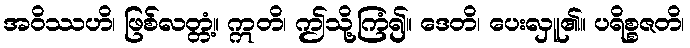
အဝိဿဟိ၊ ဖြစ်လတ္တံ့။ ဣတိ၊ ဤသို့ကြံ၍။ ဒေတိ၊ ပေးလှူ၏။ ပရိစ္စဇတိ၊